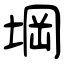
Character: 堈